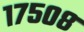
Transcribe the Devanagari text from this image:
१७५०८